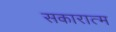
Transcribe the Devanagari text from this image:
सकारात्म